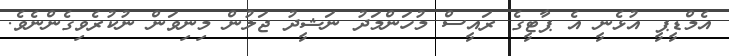
އެމްޑީޕީ އުޅެނީ އެ ޕާޓީގެ ރައީސް މުހަންމަދު ނަޝީދު ޖަލުން މިނިވަން ނުކުރެވިގެންނެވެ.